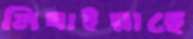
নিবাইয়াছে